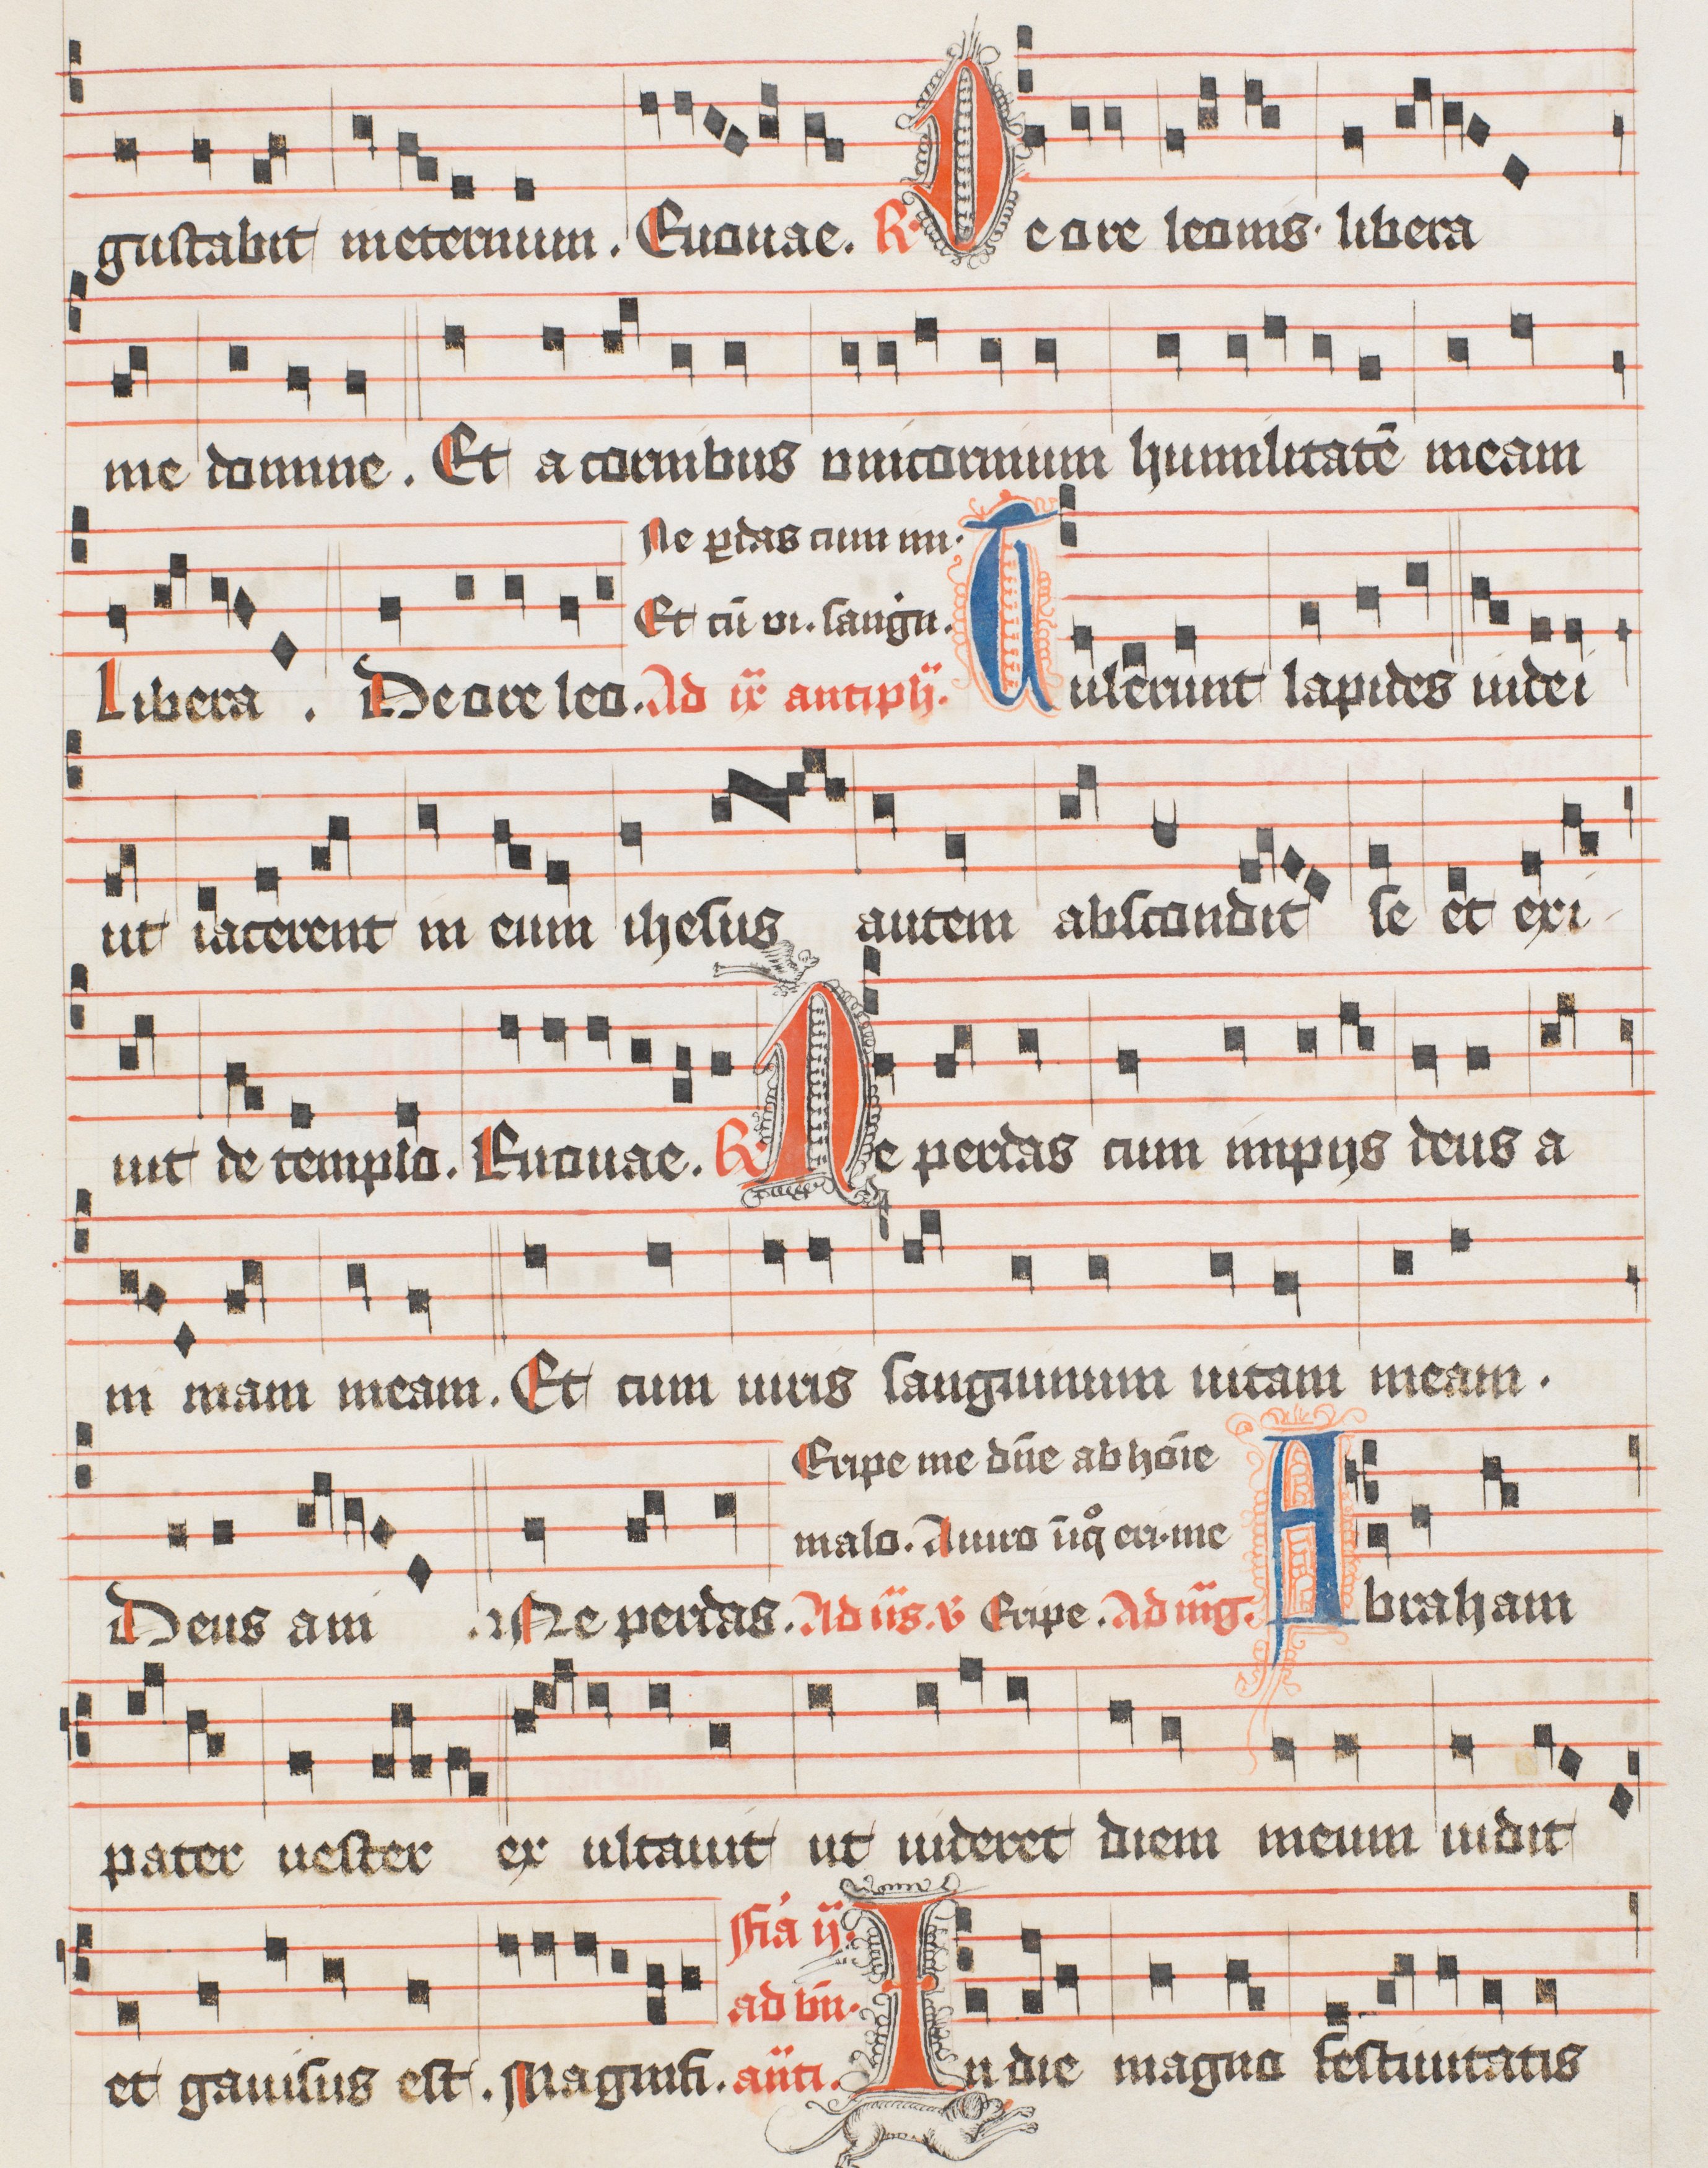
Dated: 1488–1488